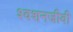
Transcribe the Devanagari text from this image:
श्वशनजीवी